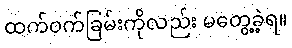
ထက်ဝက်ခြမ်းကိုလည်း မတွေ့ခဲ့ရ။